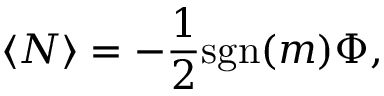
\langle N \rangle = - { \frac { 1 } { 2 } } \mathrm { s g n } ( m ) \Phi ,